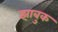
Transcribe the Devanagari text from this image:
झाबुक